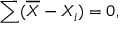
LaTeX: \sum ( { \overline { { X } } } - X _ { i } ) = 0 ,